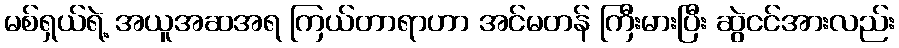
မစ်ရှယ်ရဲ့ အယူအဆအရ ကြယ်တာရာဟာ အင်မတန် ကြီးမားပြီး ဆွဲငင်အားလည်း